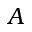
A